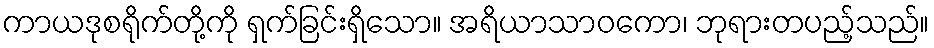
ကာယဒုစရိုက်တို့ကို ရှက်ခြင်းရှိသော။ အရိယာသာဝကော၊ ဘုရားတပည့်သည်။